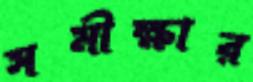
সমীক্ষার